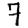
Digit: 7